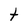
Character: t